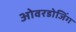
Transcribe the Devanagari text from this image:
ओवरडोजिंग